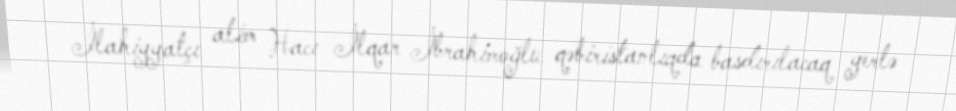
İlahiyyatçı alim Hacı İlqar İbrahimoğlu qəbiristanlıqda basdırılacaq yerlə